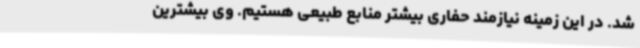
شد. در این زمینه نیازمند حفاری بیشتر منابع طبیعی هستیم. وی بیشترین